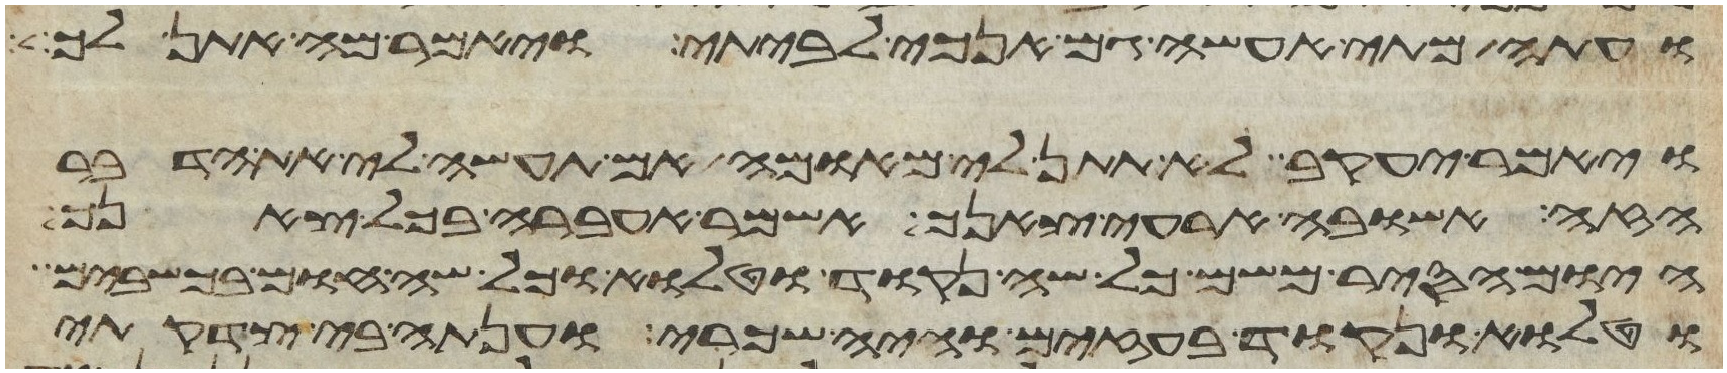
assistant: ועתה מתי אעשה גם אנכי לביתי ויאמר מה אתן לך
ויאמר יעקב לא תתן לי מאומה אם תעשה לי את הדבר
הזה אשובה ארעה צאנך אשמר אעבר בכל צאנך
היום הסיר משם כל שה נקוד וטלוא וכל שה חום בכשבים
וטלוא ונקוד בעזים והיה שכרי וענתה בי צדקתי